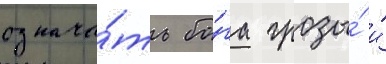
означа́ть бо́га грозы́ и́